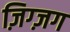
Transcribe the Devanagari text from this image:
ज़िग्ज़ग